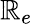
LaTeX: \mathbb{R}_{e}